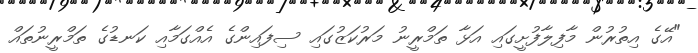
"އޭގެ އިތުރުން މާފިލާފުށީގައި އަޅާ ތަމްރީނު މަރުކަޒުގައި ސިފައިންގެ އެއްގަމާއި ކަނޑުގެ ތަމްރީނުތައް